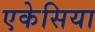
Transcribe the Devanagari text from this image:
एकेसिया